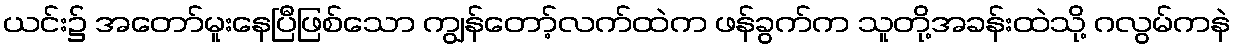
ယင်း၌ အတော်မူးနေပြီဖြစ်သော ကျွန်တော့်လက်ထဲက ဖန်ခွက်က သူတို့အခန်းထဲသို့ ဂလွမ်ကနဲ